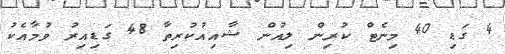
4 ގަޑި 40 މިނެޓް ކުރިން ލިއުން ޝާއިއުކުރިތާ 48 ގަޑިއިރު ވުމާއެކު